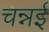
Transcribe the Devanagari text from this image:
चन्नई